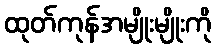
ထုတ်ကုန်အမျိုးမျိုးကို